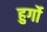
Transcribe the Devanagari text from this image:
हुर्गो